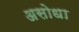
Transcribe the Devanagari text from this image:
असोधा